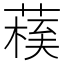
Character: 𦺀